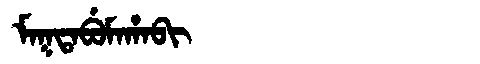
Manchu: ᠮᠠᡴᡨᠠᠪᡠᠮᠠᡥᠠᠪᡳ
Romanization: MAKTABUMAHABI